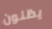
يظنون